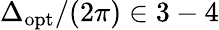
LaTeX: \Delta_{\mathrm{opt}}/(2\pi)\in 3-4